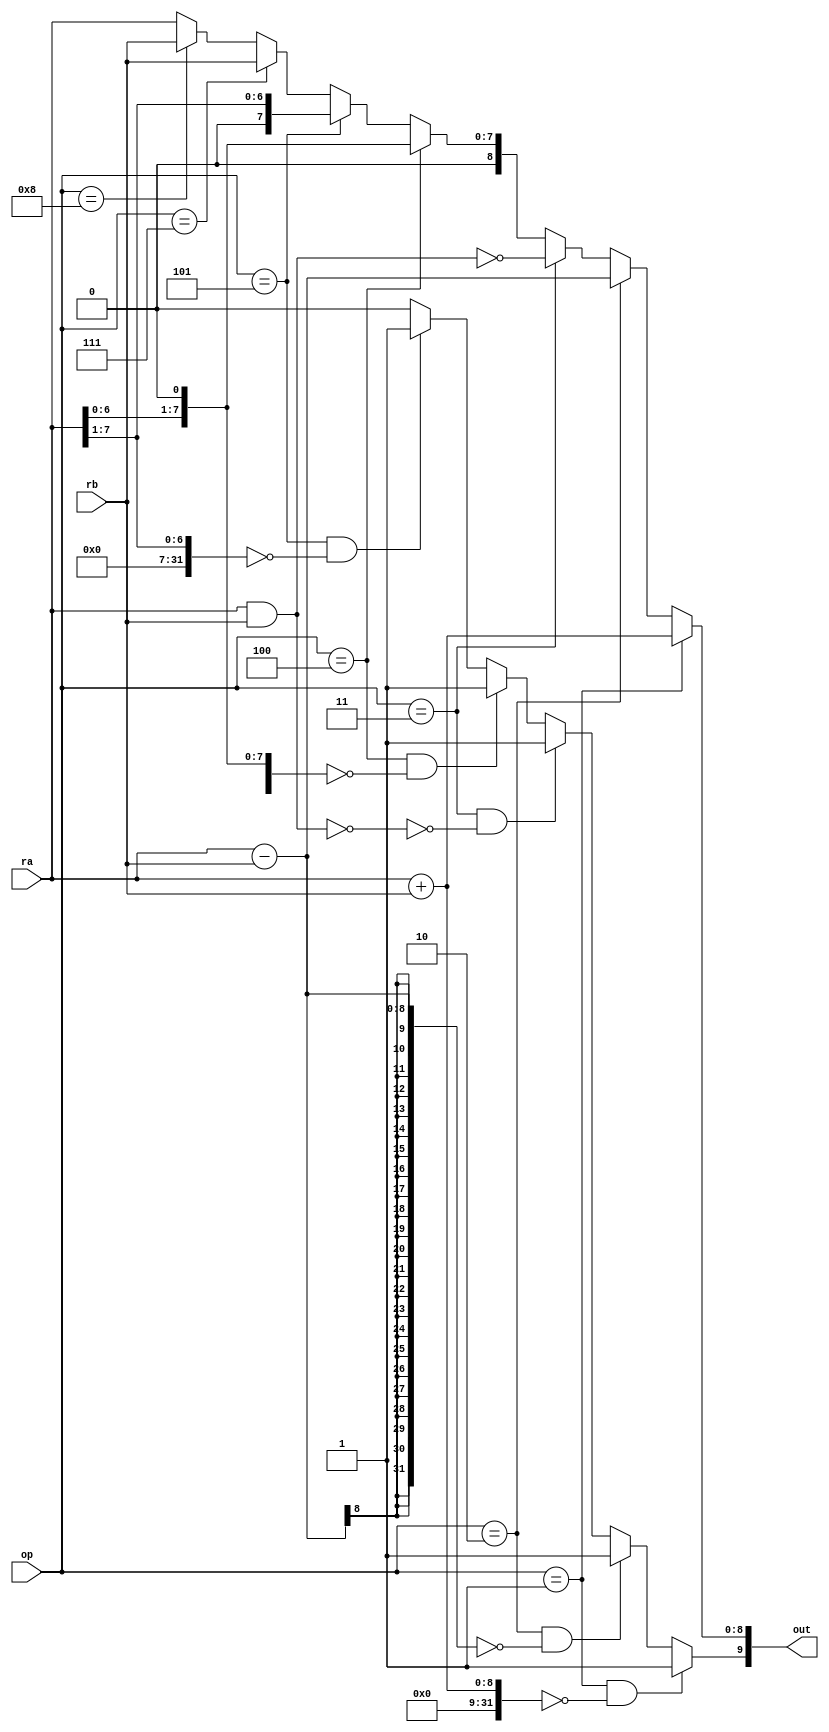
module alu(ra,rb,op,out);

input [7:0]ra;
input [7:0]rb;
input [3:0]op;
output [9:0]out;

assign out[8:0]=(op==1)?ra+rb: //add
	(op==2)?ra-rb: //sub
	(op==3)?~(ra&rb): //nand
	(op==4)?{1'b0,ra<<1}: //shl
	(op==5)?{1'b0,ra>>1}: //shr
	(op==7)?{1'b0,rb}: //in
	(op==8)?{1'b0,rb} : {1'b0,ra}; //mov, nop
assign out[9]=(op==1&&((ra+rb)==0))?1:
(op==2&&((ra-rb)==0))?1:
(op==3&&~(ra&rb)==0)?1:
(op==4&&(ra<<1)==0)?1:
(op==5&&(ra>>1)==0)?1:
0;


endmodule